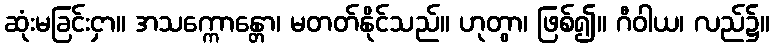
ဆုံးမခြင်းငှာ။ အသက္ကောန္တော၊ မတတ်နိုင်သည်။ ဟုတွာ၊ ဖြစ်၍။ ဂီဝါယ၊ လည်၌။